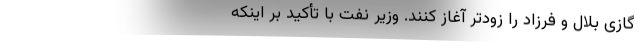
گازی بلال و فرزاد را زودتر آغاز کنند. وزیر نفت با تأکید بر اینکه